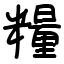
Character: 糧